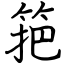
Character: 筢